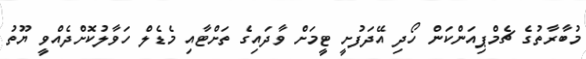
މުބާރާތުގެ ޗެމްޕިއަންކަން ހޯދި އޭދަފުށީ ޓީމަށް ވާދައިގެ ތަށްޓާއި މެޑެލް ހަވާލުކޮށްދެއްވީ ޔޫތު